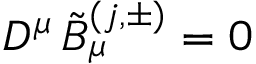
D ^ { \mu } \, { \tilde { B } } _ { \mu } ^ { ( j , \pm ) } = 0